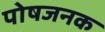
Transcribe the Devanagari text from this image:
पोषजनक